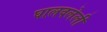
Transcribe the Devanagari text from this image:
घालवलेली